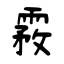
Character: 霚